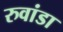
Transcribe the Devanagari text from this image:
रुवांडा